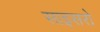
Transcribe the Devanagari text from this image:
साइसरो